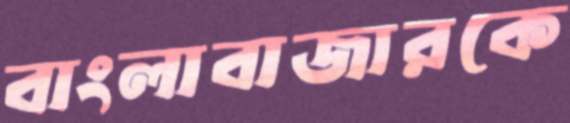
বাংলাবাজারকে